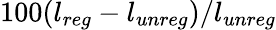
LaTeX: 100(l_{reg}-l_{unreg})/l_{unreg}